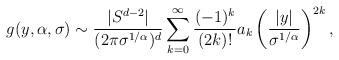
LaTeX: \begin{align*}g(y, \alpha, \sigma) \sim \frac{|S^{d-2}|}{(2\pi \sigma^{1/\alpha})^{d}}\sum_{k=0}^{\infty}\frac{(-1)^{k}}{(2k)!}a_{k}\left(\frac{|y|}{\sigma^{1/\alpha}}\right)^{2k},\end{align*}